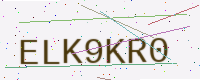
Text: ELK9KR0